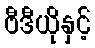
ဗီဒီယိုနှင့်